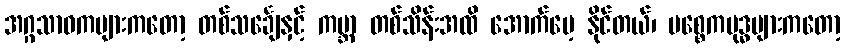
အဂ္ဂသာဝကများကတော့ တစ်သင်္ချေနှင့် ကမ္ဘာ တစ်သိန်းအထိ အောက်မေ့ နိုင်တယ်၊ ပစ္စေကဗုဒ္ဓများကတော့